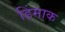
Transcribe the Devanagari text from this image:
हिंमाक